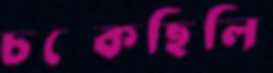
চম্‌কেছিলি